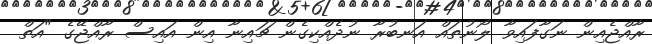
ރާއްޖެއިން ނަގާފައިވާ ލޯނުތައް އަނބުރާ ނުދެއްކިގެން ޗައިނާ އިން އައިސް ރާއްޖޭގެ "އަތް